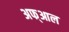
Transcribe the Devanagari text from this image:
अफ्आल